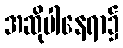
အဆိုပါနေရာ၌